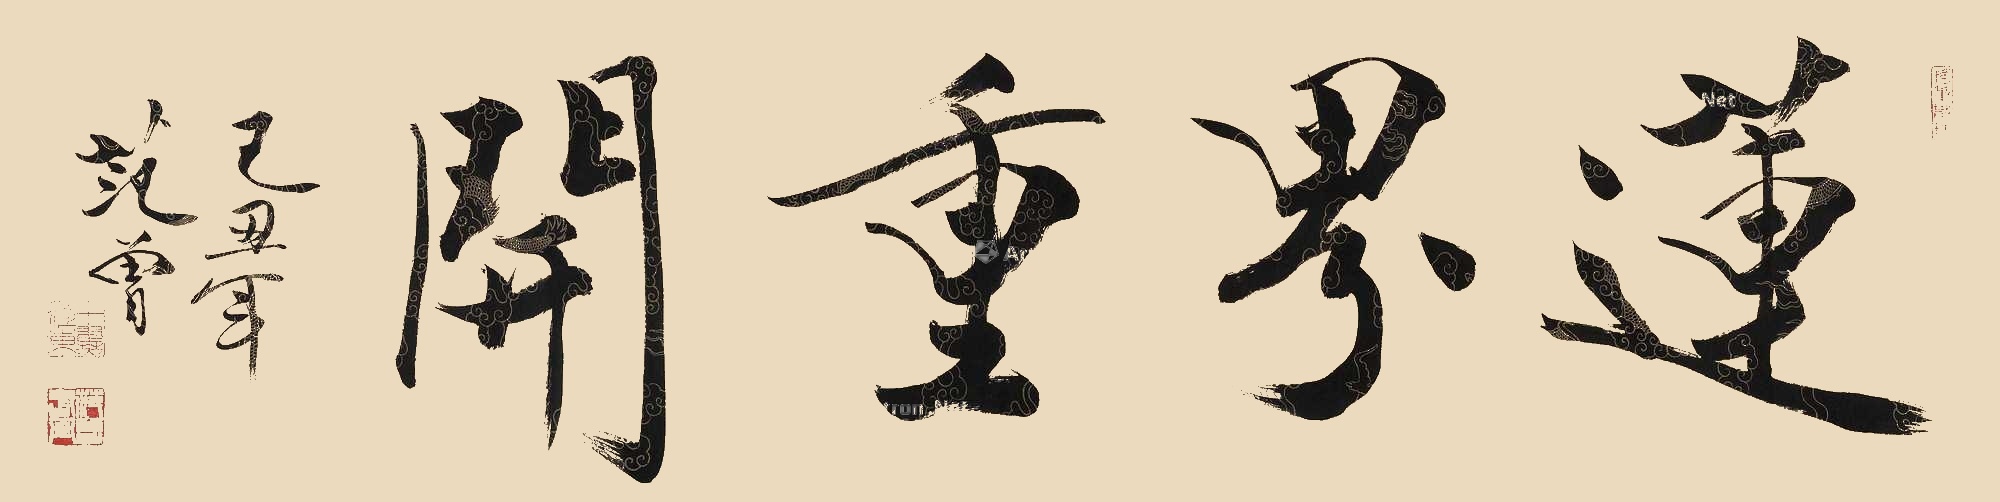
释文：莲界重开己丑年，范曾。